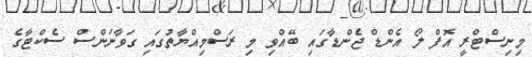
މިނިސްޓްރީ އޮފް ލޯ އެންޑް ޖެންޑާގައި ބޭއްވި މި ރަސްމިއްޔާތުގައި ގަވާނަންސް ސެކްޓާގެ